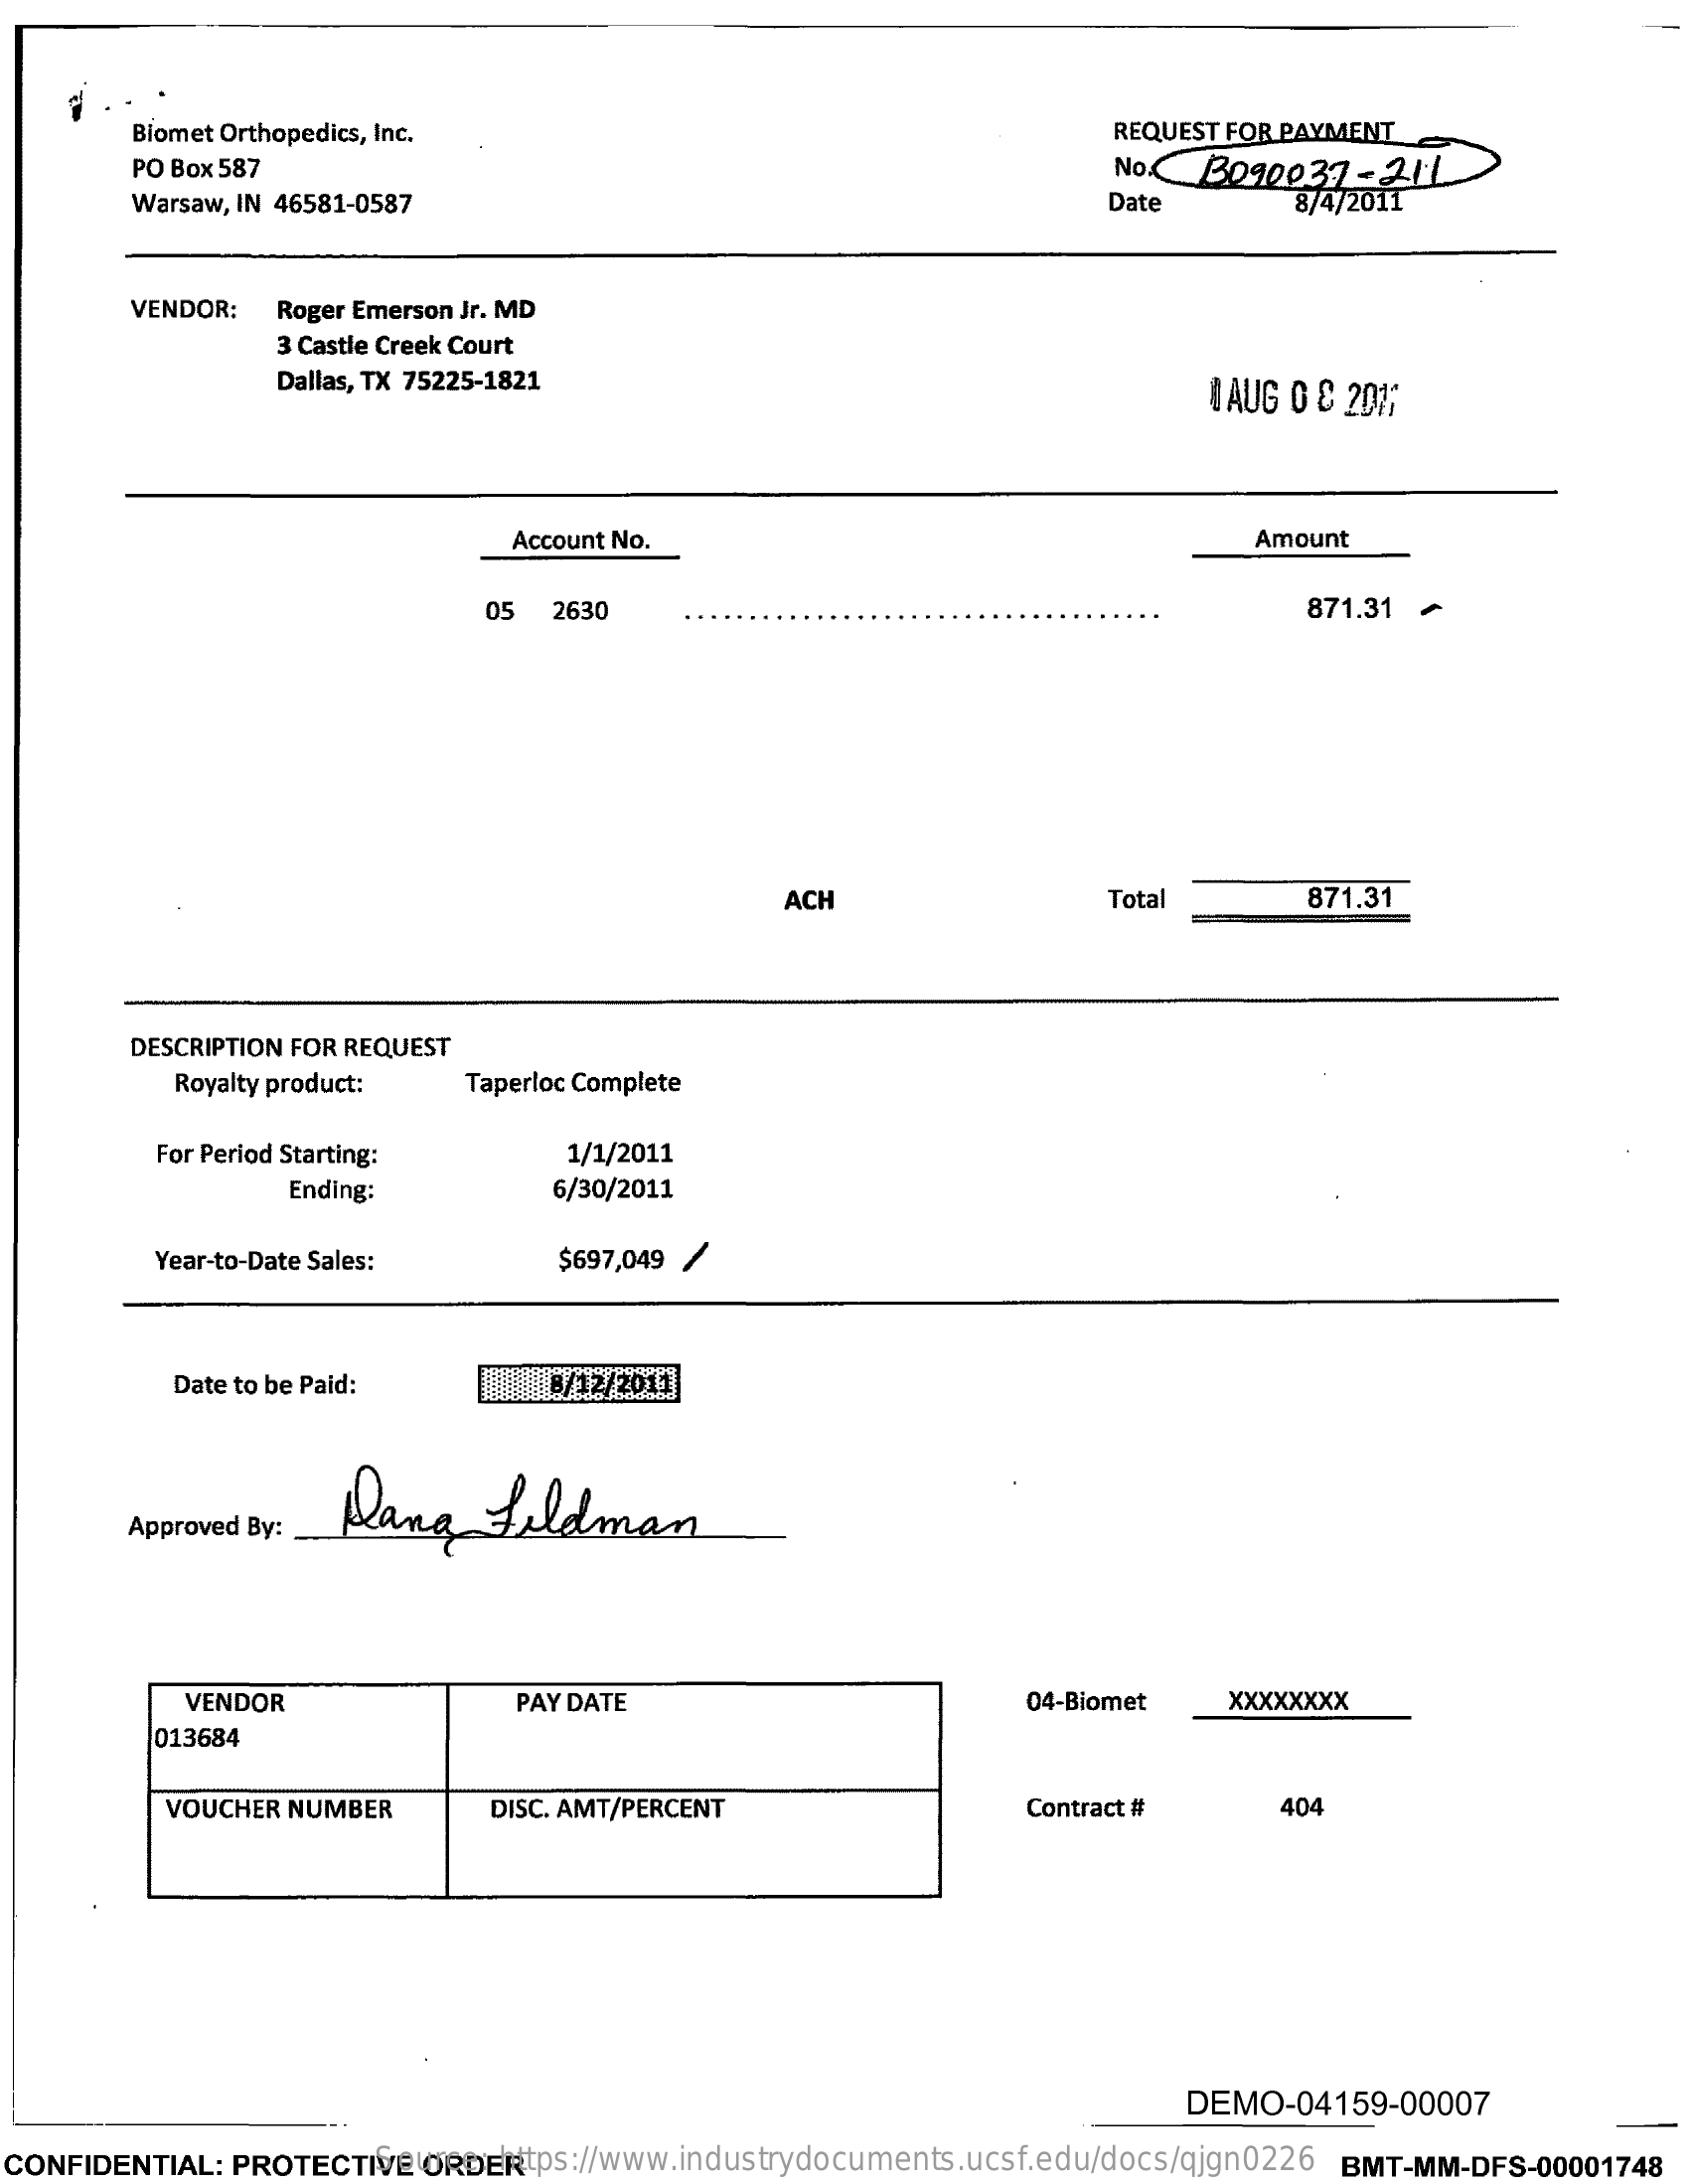
Blomet Orthopedics, Inc.    REQUEST FOR PAYMENT
     PO Box 587    No.   B090037-21:1
     Warsaw, IN 46581-0587    Date    8/4/2011
     VENDOR:  Roger Emerson Jr. MD
     3 Castle Creek Court
     Dallas, TX 75225-1821    NAUG 0 8 20%,
     Account No.    Amount
     05   2630    871.31 /
     ACH    Total    871.31
     DESCRIPTION FOR REQUEST
     Royalty product:   Taperloc Complete
     For Period Starting:    1/1/2011
     Ending:    6/30/2011
     Year-to-Date Sales:    $697,049 /
     Date to be Paid:    8/12/2011
     lang    feldman
     Approved By:
     VENDOR    PAY DATE    04-Biomet   XXXXXXXX
     013684
     VOUCHER NUMBER    DISC. AMT/PERCENT    Contract #    404
     DEMO-04159-00007
  CONFIDENTIAL: PROTECTIVE ORDER Source: https://www.industrydocuments.ucsf.edu/docs/qjgn0226 BMT-MM-DFS-00001748